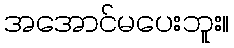
အအောင်မပေးဘူး။